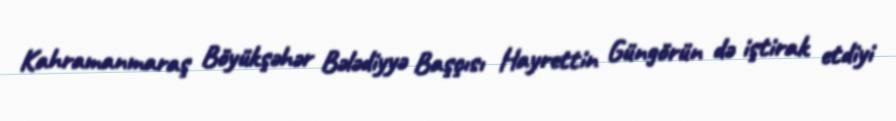
Kahramanmaraş Böyükşəhər Bələdiyyə Başçısı Hayrettin Güngörün də iştirak etdiyi